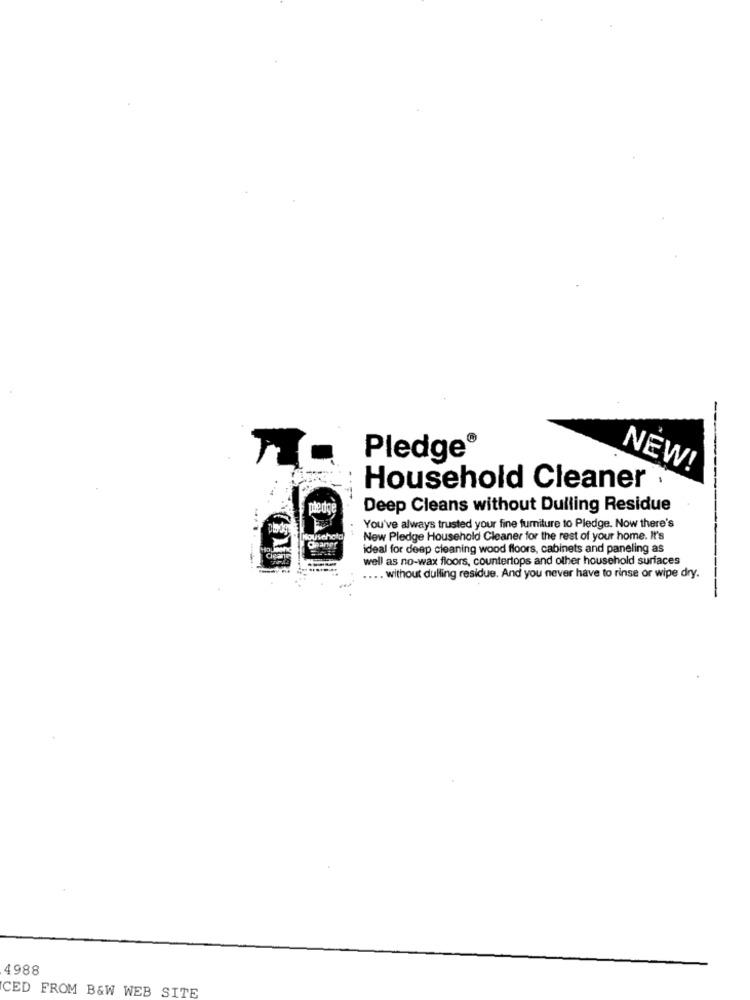
-
Pledge®
NEW!
---
Household Cleaner .
Deep Cleans without Dulling Residue
You've always trusted your fine furniture to Pledge. Now there's
Household
New Pledge Household Cleaner for the rest of your home. It's
Opanet
ideal for deep cleaning wood floors, cabinets and paneling as
well as no-wax floors, countertops and other household surfaces
.... without dulling residue. And you never have to rinse or wipe dry.
4988
CED FROM B&W WEB SITE